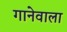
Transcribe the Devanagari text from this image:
गानेवाला